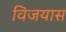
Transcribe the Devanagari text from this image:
विजयास